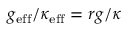
g _ { \mathrm { e f f } } / \kappa _ { \mathrm { e f f } } = r g / \kappa